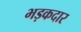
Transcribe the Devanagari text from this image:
भड़कदार